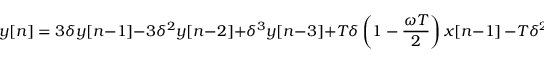
y [ n ] = 3 \delta y [ n - 1 ] - 3 \delta ^ { 2 } y [ n - 2 ] + \delta ^ { 3 } y [ n - 3 ] + T \delta \left( 1 - \frac { \omega T } { 2 } \right) x [ n - 1 ] \, - T \delta ^ { 2 } \left( 1 + \frac { \omega T } { 2 } \right) x [ n - 2 ]